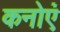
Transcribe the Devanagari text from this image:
कनोएं